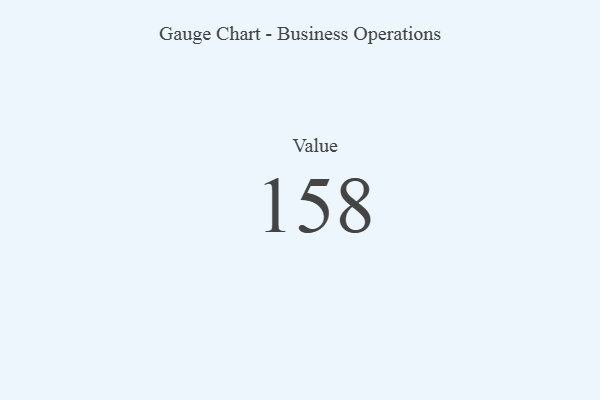
{"axis": {"x": "Metric", "y": "Value"}, "legend": [""], "data": [{"x": "Value", "y": 158, "type": ""}]}